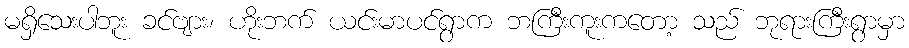
မရှိသေးပါဘူး ခင်ဗျား၊ ဟိုးဘက် ယင်းမာပင်ရွာက ဘကြီးကူးကတော့ သည် ဘုရားကြီးရွာမှာ